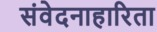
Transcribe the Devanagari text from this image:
संवेदनाहारिता